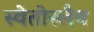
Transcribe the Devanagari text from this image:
स्वेतोस्लैव